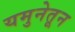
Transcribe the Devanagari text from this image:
यमुनेतून